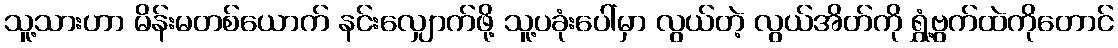
သူ့သားဟာ မိန်းမတစ်ယောက် နင်းလျှောက်ဖို့ သူ့ပခုံးပေါ်မှာ လွယ်တဲ့ လွယ်အိတ်ကို ရွှံ့ဗွက်ထဲကိုတောင်